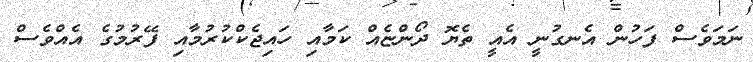
ނަމަވެސް ފަހުން އެނގުނީ އެއީ ތެޔޮ ދޯންޏެއް ކަމާއި ހައިޖެކްކުރުމާއި ފޭރުމުގެ އެއްވެސް